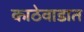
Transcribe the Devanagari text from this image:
काठेवाडात